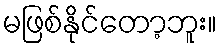
မဖြစ်နိုင်တော့ဘူး။